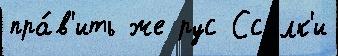
пра́в'ить же рус Ссы́лк'и